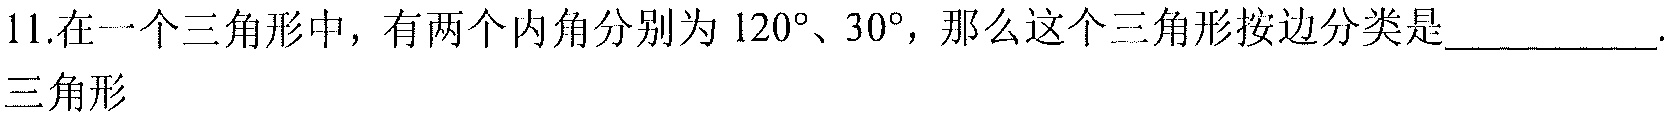
11.在一个三角形中，有两个内角分别为 \(120^{\circ}\)、\(30^{\circ}\)，那么这个三角形按边分类是__________.三角形